Annual report on the working of the mental hospitals in the Madras Presidency - 1912-1932
Year: 1912
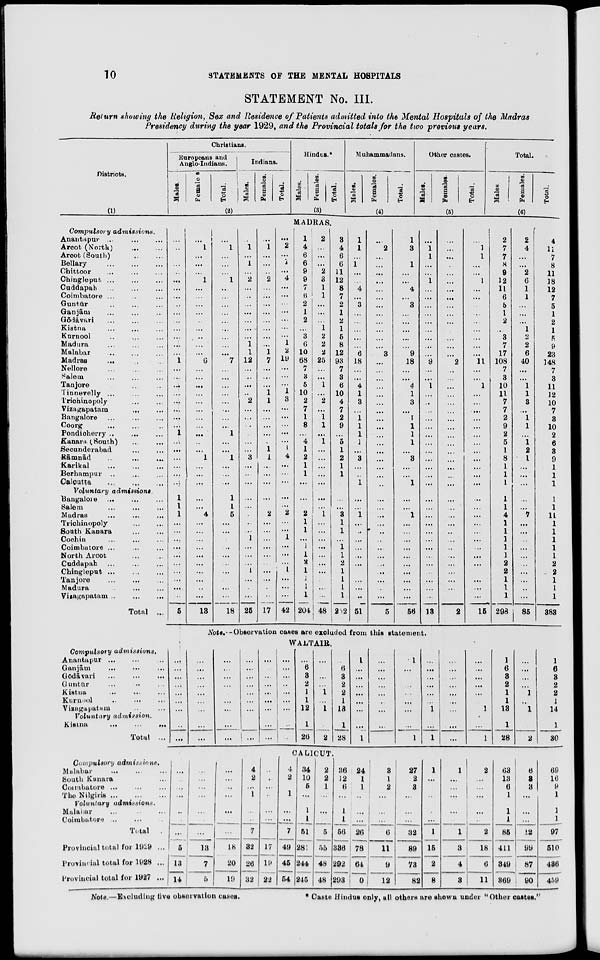
10
STATEMENTS OF THE MENTAL HOSPITALS
STATEMENT No. III.
Return showing the Religion, Sex and Residence of Patients admitted into the Mental Hospitals of the Madras
Presidency during the year 1929, and the Provincial totals for the two previous years.
Districts.
(1)
Christians.
Europeans and
Anglo-Indians.
Males.
Females.
Total.
Indians.
Males.
Females.
Total.
(2)
Hindus.*
Males.
Females.
Total.
(3)
Muhammadans.
Males.
Females.
Total.
(4)
Other castes.
Males.
Females.
Total.
(5)
Total.
Males.
Females.
Total.
(6)
MADRAS.
Compulsory
admissions.
Anantapur ... ... ...
Arcot (North) ... ...
Arcot(South)
...
...
Bellary ... ... ... ...
Chittoor ... ... ...
Chingleput ... ... ...
Cuddapah ... ... ...
Coimbatore ... ... ...
Guntür ... ... ...
Ganjām ... ... ...
Gōdāvari ... ... ...
Kistna ... ... ...
Kurnool ... ... ...
Madura ... ... ...
Malabar ... ... ...
Madras
... ... ...
Nellore ... ... ...
Salem ... ... ...
Tanjore ... ... ...
Tinnevelly ... ... ...
Trichinopoly ... ...
Vizagapatam
...
...
Bangalore ... ... ...
Coorg ... ... ...
Pondicherry ... ... ...
Kanara (South) ... ...
Secunderabad ... ...
Rāmnād ... ... ...
Karikal
...
...
...
Berhampur ... ... ...
Calcutta
...
...
...
Voluntary
admissions.
Bangalore ... ... ...
Salem ... ... ...
Madras
...
...
...
Trichinopoly
...
...
South Kanara ... ...
Cochin ... ... ...
Coimbatore ... ... ...
North Arcot ... ...
Cuddapah ... ... ...
Chingleput ...
...
...
Tanjore ... ... ...
Madura ... ......
Vizagapatam ... ...
...
Total ...
...
...
...
...
...
...
...
...
...
...
...
...
...
...
...
1
...
...
...
...
...
...
...
...
1
...
...
...
...
...
...
1
1
1
...
...
...
...
...
...
...
...
...
...
5
...
1
...
...
...
1
...
...
...
...
...
...
...
...
...
6
...
...
...
...
...
...
...
...
...
...
...
1
...
...
...
...
...
4
...
...
...
...
...
...
...
...
...
...
13
...
1
...
...
...
1
...
...
...
...
...
...
...
...
...
7
...
...
...
...
...
...
...
...
1
...
...
1
...
...
...
1
1
5
...
...
...
...
...
...
...
...
...
...
18
...
1
...
1
...
2
...
...
...
...
...
...
...
1
1
12
...
...
...
...
2
...
...
...
...
...
...
3
...
...
...
...
...
...
...
...
1
...
...
...
1
...
...
...
25
...
1
...
...
...
2
...
...
...
...
...
...
...
...
1
7
...
...
...
1
1
...
...
...
...
...
1
1
...
...
...
...
...
2
...
...
...
...
...
...
...
...
...
...
17
...
2
...
1
...
4
...
...
...
...
...
...
...
1
2
19
...
...
...
1
3
...
...
...
...
...
1
4
...
...
...
...
...
2
...
...
1
...
...
...
1
...
...
...
42
1
4
6
6
9
9
7
6
2
1
2
...
3
6
10
68
7
3
5
10
2
7
1
8
...
4
1
2
1
1
...
...
...
2
1
1
...
1
1
2
1
1
1
1
204
2
...
...
...
2
3
1
1
...
...
...
1
2
2
2
25
...
...
1
...
2
...
1
1
...
1
...
...
...
...
...
...
...
1
...
...
...
...
...
...
...
...
...
...
48
3
4
6
6
11
12
8
7
2
1
2
1
5
8
12
93
7
3
6
10
4
7
2
9
...
5
1
2
1
1
...
...
...
3
1
1
...
1
1
2
1
1
1
1
252
1
1
...
1
...
...
4
...
3
...
...
...
...
...
6
18
...
...
4
1
3
...
1
1
1
1
...
3
...
...
1
...
...
1
...
...
...
...
...
...
...
...
...
...
51
...
2
...
...
...
...
...
...
...
...
...
...
...
...
3
...
...
...
...
...
...
...
...
...
...
...
...
...
...
...
...
...
...
...
...
...
...
...
...
...
...
...
...
...
5
1
3
...
1
...
...
4
...
3
...
...
...
...
...
9
18
...
...
4
1
3
...
1
1
1
1
...
3
...
...
1
...
...
1
...
...
...
...
...
...
...
...
...
...
56
...
1
1
...
...
1
...
...
...
...
...
...
...
...
...
9
...
...
1
...
...
...
...
...
...
...
...
...
...
...
...
...
...
...
...
...
...
...
...
...
...
...
...
...
13
...
...
...
...
...
...
...
...
...
...
...
...
...
...
...
2
...
...
...
...
...
...
...
...
...
...
...
...
...
...
...
...
...
...
...
...
...
...
...
...
...
...
...
...
2
...
1
1
...
...
1
...
...
...
...
...
...
...
...
...
11
...
...
1
...
...
...
...
...
...
...
...
...
...
...
...
...
...
...
...
...
...
...
...
...
...
...
...
...
15
2
7
7
8
9
12
11
6
5
1
2
...
3
7
17
108
7
3
10
11
7
7
2
9
2
5
1
8
1
1
1
1
1
4
1
1
1
1
1
2
2
1
1
1
298
2
4
...
...
2
6
1
1
...
...
...
1
2
2
6
40
...
...
1
1
3
...
1
1
...
1
2
1
...
...
...
...
...
7
...
...
...
...
...
...
...
...
...
...
85
4
11
7
8
11
18
12
7
5
1
2
1
5
9
23
148
7
3
11
12
10
7
3
10
2
6
3
9
1
1
1
1
1
11
1
1
1
1
1
2
2
1
1
1
383
Note.—Observation cases are excluded from this statement.
WALTAIR.
Compulsory
admissions.
Anantapur ... ... ...
Ganjām ... ... ...
Gōdāvari ... ... ...
Guntur ... ... ...
Kistna ... ... ...
Kurnool ... ... ...
Vizagapatam ... ...
Voluntary
admission.
Kistna
...
...
...
Total ...
...
...
...
...
...
...
...
...
...
...
...
...
...
...
...
...
...
...
...
...
...
...
...
...
...
...
...
...
...
...
...
...
...
...
...
...
...
...
...
...
...
...
...
...
...
...
...
...
..
...
...
...
...
...
...
6
3
2
1
1
12
1
26
...
...
...
...
1
...
1
...
2
...
6
3
2
2
1
13
1
28
1
...
...
...
...
...
...
...
1
...
...
...
...
...
...
...
...
...
1
...
...
...
...
...
...
...
1
...
...
...
...
...
...
1
...
1
...
...
...
...
...
...
...
...
...
...
...
...
...
...
...
1
...
1
1
6
3
2
1
1
13
1
28
...
...
...
...
1
...
1
...
2
1
6
3
2
2
1
14
1
30
CALICUT.
Compulsory
admissions.
Malabar ... ... ...
South Kanara ...
Coimbatore ... ... ...
The Nilgiris
...
...
...
Voluntary
admissions.
Malabar ... ... ...
Coimbatore ... ... ...
Total ...
Provincial total for 1929 ...
Provincial total for 1928 ...
Provincial total for 1927 ...
...
...
...
...
...
...
...
5
13
14
...
...
...
...
...
...
...
13
7
5
...
...
...
...
...
...
...
18
20
19
4
2
...
1
...
...
7
32
26
32
...
...
...
...
...
...
...
17
19
22
4
2
...
1
...
...
7
49
45
54
34
10
5
...
1
1
51
281
244
245
2
2
1
...
...
...
5
55
48
48
36
12
6
...
1
1
56
336
292
293
24
1
1
...
...
...
26
78
64
0
3
1
2
...
...
...
6
11
9
12
27
2
3
...
...
...
32
89
73
82
1
...
...
...
...
...
1
15
2
8
1
...
...
...
...
...
1
3
4
3
2
...
...
...
...
...
2
18
6
11
63
13
6
1
1
1
85
411
349
369
6
3
3
...
...
...
12
99
87
90
69
16
9
1
1
1
97
510
436
459
Note.—Excluding five observation cases.
*
Caste Hindus only, all others are shown under "Other castes."